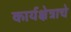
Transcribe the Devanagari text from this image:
कार्यक्षेत्राचे